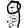
Digit: 9